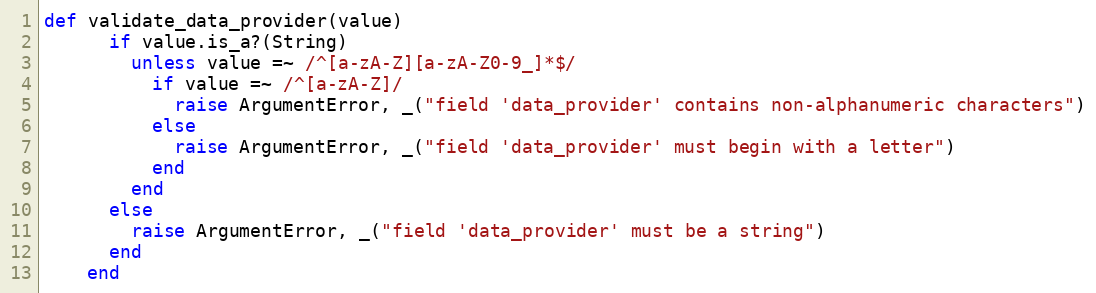
Language: Ruby
def validate_data_provider(value)
      if value.is_a?(String)
        unless value =~ /^[a-zA-Z][a-zA-Z0-9_]*$/
          if value =~ /^[a-zA-Z]/
            raise ArgumentError, _("field 'data_provider' contains non-alphanumeric characters")
          else
            raise ArgumentError, _("field 'data_provider' must begin with a letter")
          end
        end
      else
        raise ArgumentError, _("field 'data_provider' must be a string")
      end
    end